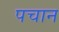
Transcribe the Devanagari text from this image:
पचान